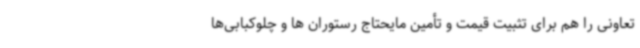
تعاونی را هم برای تثبیت قیمت و تأمین مایحتاج رستوران ‌ها و چلوکبابی‌ها